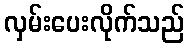
လှမ်းပေးလိုက်သည်